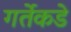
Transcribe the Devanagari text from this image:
गर्तेकडे